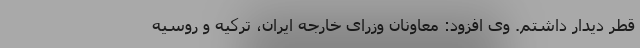
قطر دیدار داشتم. وی افزود: معاونان وزرای خارجه ایران، ترکیه و روسیه